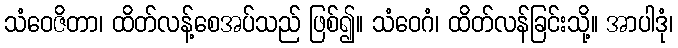
သံဝေဇိတာ၊ ထိတ်လန့်စေအပ်သည် ဖြစ်၍။ သံဝေဂံ၊ ထိတ်လန်ခြင်းသို့။ အာပါဒုံ၊